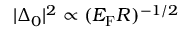
| \Delta _ { 0 } | ^ { 2 } \propto ( E _ { \mathrm { F } } R ) ^ { - 1 / 2 }